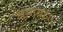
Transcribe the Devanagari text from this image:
बागबहार